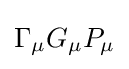
{\Gamma _{\mu }G_{\mu }P_{\mu }}